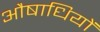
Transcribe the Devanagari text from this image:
औषाधियों